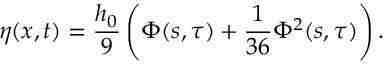
\eta ( x , t ) = \frac { h _ { 0 } } { 9 } \left( \Phi ( s , \tau ) + \frac { 1 } { 3 6 } \Phi ^ { 2 } ( s , \tau ) \right) .